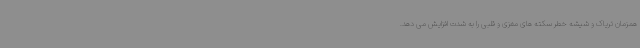
همزمان تریاک و شیشه خطر سکته های مغزی و قلبی را به شدت افزایش می دهد.